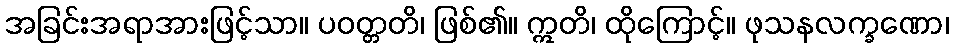
အခြင်းအရာအားဖြင့်သာ။ ပဝတ္တတိ၊ ဖြစ်၏။ ဣတိ၊ ထိုကြောင့်။ ဖုသနလက္ခဏော၊